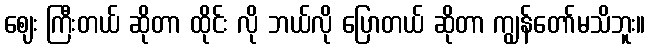
ဈေး ကြီးတယ် ဆိုတာ ထိုင်း လို ဘယ်လို ပြောတယ် ဆိုတာ ကျွန်တော်မသိဘူး။